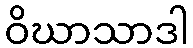
ဝိဃာသာဒါ